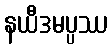
နယီဒမပ္ပဿ